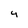
Character: 4